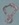
Text: 8